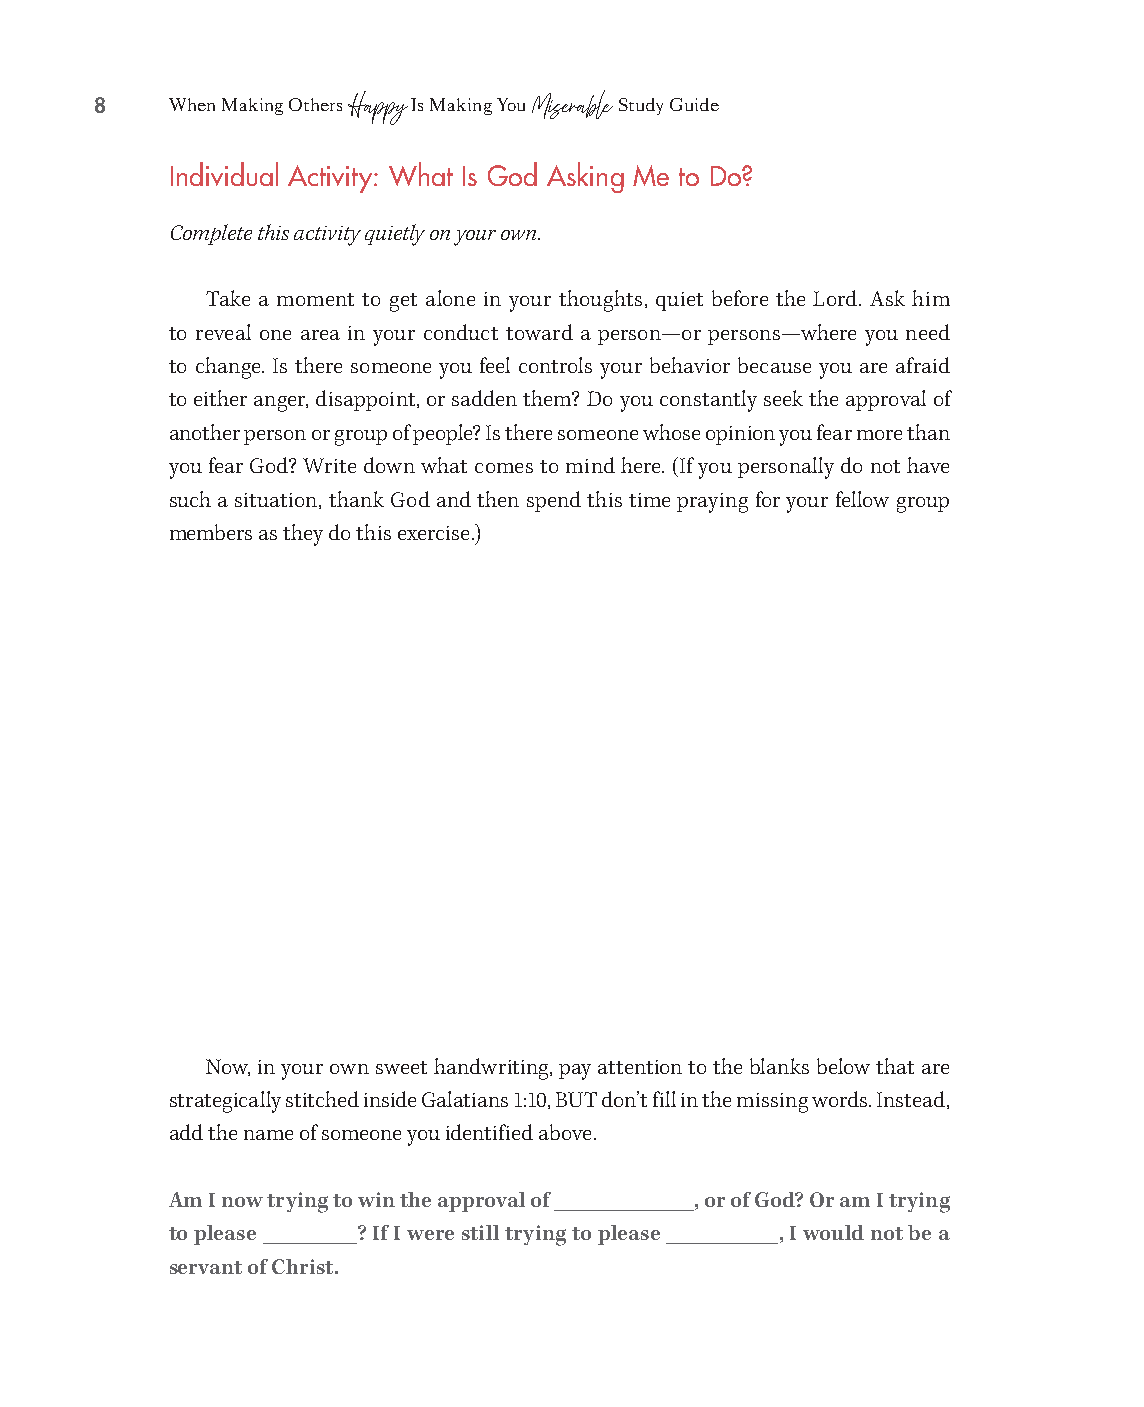
8    When Making Others Is Making You Study Guide
 Happy       Miserable
 Individual Activity: What Is God Asking Me to Do?
 Complete this activity quietly on your own.
 Take a moment to get alone in your thoughts, quiet before the Lord. Ask him
 to reveal one area in your conduct toward a person— or persons— where you need
 to change. Is there someone you feel controls your behavior because you are afraid
 to either anger, disappoint, or sadden them? Do you constantly seek the approval of
 another person or group of people? Is there someone whose opinion you fear more than
 you fear God? Write down what comes to mind here. (If you personally do not have
 such a situation, thank God and then spend this time praying for your fellow group
 members as they do this exercise.)
 Now, in your own sweet handwriting, pay attention to the blanks below that are
 strategically stitched inside Galatians 1:10, BUT don’t fill in the missing words. Instead,
 add the name of someone you identified above.
 Am I now trying to win the approval of _______________, or of God? Or am I trying
 to please __________? If I were still trying to please ____________, I would not be a
 servant of Christ.
 99778800331100008822776677__MMaakkiinnggOOtthheerrssHHaappppyySSGG__iinntt__SSCC..iinndddd 88 1100//1122//2211 11::1177 PPMM